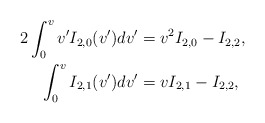
\begin{align*} 2\int_0^vv'I_{2,0}(v')dv'&=v^2I_{2,0}-I_{2,2},\\ \int_0^vI_{2,1}(v')dv'&=vI_{2,1}-I_{2,2},\end{align*}